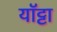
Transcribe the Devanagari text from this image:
यॉट्टा